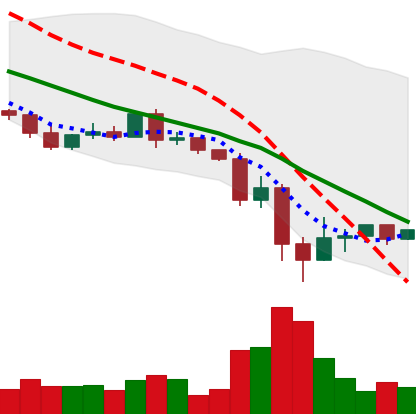
Ticker: XRP-USD
Chart end date: 2022-05-17
Forward return: -3.493%
Label: down_3_5